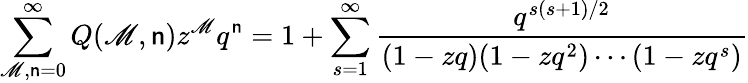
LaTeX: \sum_{\mathscr{M},\mathsf{n}=0}^{\infty}Q(\mathscr{M},\mathsf{n})z^{\mathscr{M}}q^{\mathsf{n}}=1+\sum_{s=1}^{\infty}{\frac{{q^{s(s+1)/2}}}{{(1-zq)(1-zq^{2})\cdots(1-zq^{s})}}}